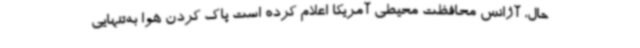
حال، آژانس محافظت محیطی آمریکا اعلام کرده است پاک کردن هوا به‌تنهایی